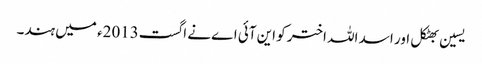
یسین بھٹکل اور اسد اللہ اختر کو این آئی اے نے اگست2013ء میں ہند۔